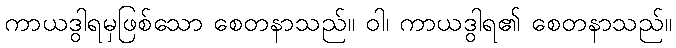
ကာယဒွါရမှဖြစ်သော စေတနာသည်။ ဝါ၊ ကာယဒွါရ၏ စေတနာသည်။